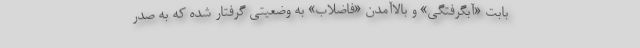
بابت «آبگرفتگي» و بالاآمدن «فاضلاب» به وضعيتي گرفتار شده كه به صدر